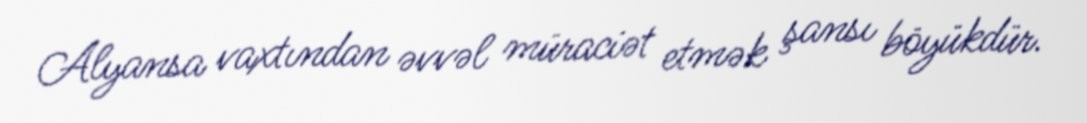
Alyansa vaxtından əvvəl müraciət etmək şansı böyükdür.